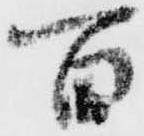
百